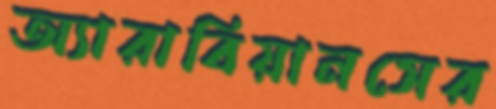
অ্যারাবিয়ানসের